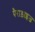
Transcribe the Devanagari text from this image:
पैराड़ाइज